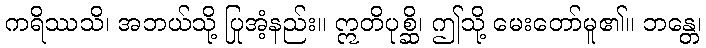
ကရိဿသိ၊ အဘယ်သို့ ပြုအံ့နည်း။ ဣတိပုစ္ဆိ၊ ဤသို့ မေးတော်မူ၏။ ဘန္တေ၊